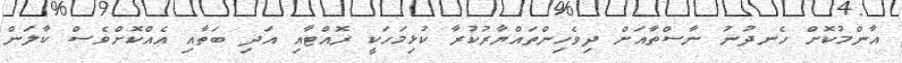
އާންމުކޮށް ހެނދުނު ނާސްތާއަށް ދިވެހިންތައްޔާރުކުރާ ކުޅިމަހަކީ ރޮއްޓާއި އަދި ބަތާއި އެއްކޮށްވެސް ކާލަން